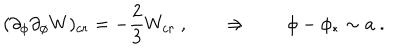
( \partial _ { \phi } \partial _ { \phi } W ) _ { c r } = - { \frac { 2 } { 3 } } W _ { c r } \ , \qquad \Rightarrow \qquad \phi - \phi _ { * } \sim a \ .